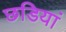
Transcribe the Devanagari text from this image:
छडियां